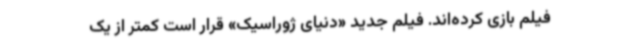
فیلم بازی کرده‌اند. فیلم جدید «دنیای ژوراسیک» قرار است کمتر از یک